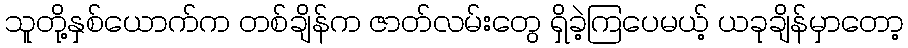
သူတို့နှစ်ယောက်က တစ်ချိန်က ဇာတ်လမ်းတွေ ရှိခဲ့ကြပေမယ့် ယခုချိန်မှာတော့